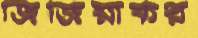
জিজিয়াকর